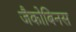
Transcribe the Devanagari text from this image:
जैकोबिनस